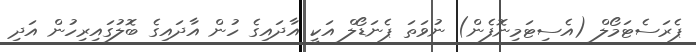
ޕެރަސެޓަމޯލް (އެސިޓަމިނޮފެން) ނުވަތަ ޕެނަޑޯލް އަކީ އާދައިގެ ހުން އާދައިގެ ބޮލުގައިރިހުން އަދި